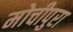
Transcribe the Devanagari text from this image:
मोचीपुरा